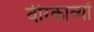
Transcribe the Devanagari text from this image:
वीरकाव्यों